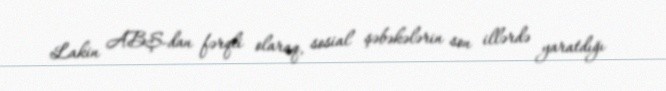
Lakin ABŞ-dan fərqli olaraq, sosial şəbəkələrin son illərdə yaratdığı